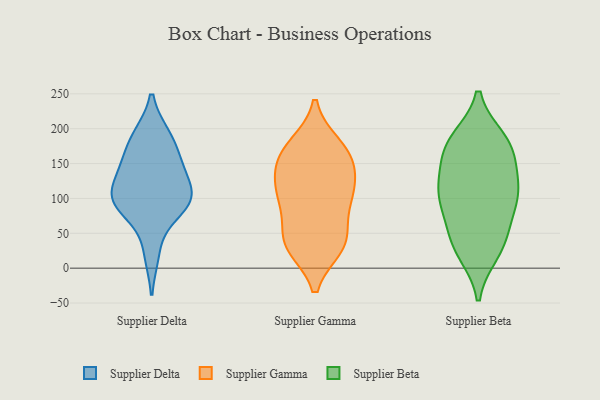
{"axis": {"x": "Energy Usage (MWh)", "y": "Value"}, "legend": ["Supplier Beta", "Supplier Delta", "Supplier Gamma"], "data": [{"x": "", "y": 103, "type": "Supplier Delta"}, {"x": "", "y": 141, "type": "Supplier Delta"}, {"x": "", "y": 190, "type": "Supplier Delta"}, {"x": "", "y": 146, "type": "Supplier Delta"}, {"x": "", "y": 190, "type": "Supplier Delta"}, {"x": "", "y": 105, "type": "Supplier Delta"}, {"x": "", "y": 93, "type": "Supplier Delta"}, {"x": "", "y": 90, "type": "Supplier Delta"}, {"x": "", "y": 21, "type": "Supplier Delta"}, {"x": "", "y": 82, "type": "Supplier Delta"}, {"x": "", "y": 161, "type": "Supplier Delta"}, {"x": "", "y": 114, "type": "Supplier Delta"}, {"x": "", "y": 43, "type": "Supplier Gamma"}, {"x": "", "y": 176, "type": "Supplier Gamma"}, {"x": "", "y": 130, "type": "Supplier Gamma"}, {"x": "", "y": 32, "type": "Supplier Gamma"}, {"x": "", "y": 170, "type": "Supplier Gamma"}, {"x": "", "y": 89, "type": "Supplier Gamma"}, {"x": "", "y": 31, "type": "Supplier Gamma"}, {"x": "", "y": 35, "type": "Supplier Gamma"}, {"x": "", "y": 169, "type": "Supplier Gamma"}, {"x": "", "y": 124, "type": "Supplier Gamma"}, {"x": "", "y": 104, "type": "Supplier Gamma"}, {"x": "", "y": 98, "type": "Supplier Gamma"}, {"x": "", "y": 155, "type": "Supplier Gamma"}, {"x": "", "y": 151, "type": "Supplier Gamma"}, {"x": "", "y": 103, "type": "Supplier Gamma"}, {"x": "", "y": 40, "type": "Supplier Gamma"}, {"x": "", "y": 179, "type": "Supplier Beta"}, {"x": "", "y": 184, "type": "Supplier Beta"}, {"x": "", "y": 119, "type": "Supplier Beta"}, {"x": "", "y": 169, "type": "Supplier Beta"}, {"x": "", "y": 94, "type": "Supplier Beta"}, {"x": "", "y": 158, "type": "Supplier Beta"}, {"x": "", "y": 102, "type": "Supplier Beta"}, {"x": "", "y": 115, "type": "Supplier Beta"}, {"x": "", "y": 88, "type": "Supplier Beta"}, {"x": "", "y": 28, "type": "Supplier Beta"}, {"x": "", "y": 23, "type": "Supplier Beta"}, {"x": "", "y": 42, "type": "Supplier Beta"}, {"x": "", "y": 179, "type": "Supplier Beta"}, {"x": "", "y": 119, "type": "Supplier Beta"}, {"x": "", "y": 51, "type": "Supplier Beta"}]}